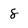
Character: 8